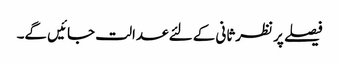
فیصلے پر نظرثانی کے لئے عدالت جائیں گے۔